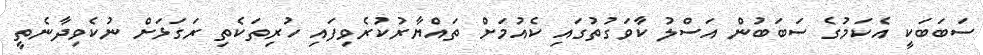
ސަބަބަކީ އެކަމުގެ ސަބަބުން އަސްލު ކާވަގުތުގައި ކެއުމަށް ތައްޔާރުކުރެވިފައި ހުރިތަކެތި ރަގަޅަށް ނުކެވިދާނެތީ